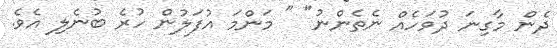
ދެން މާގިނަ ދުވަހެއް ނެތެންނު" " މަންމަ އުފަލުން ހުރެ ބުނެލި އެވެ.